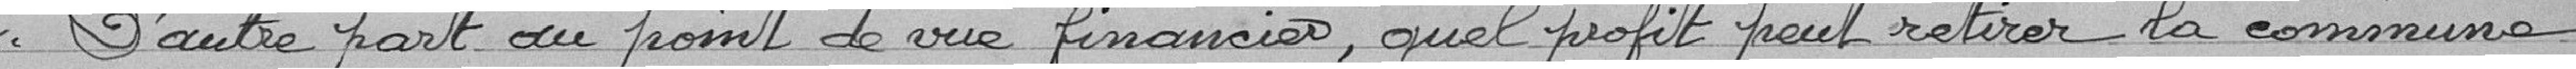
D'autre part au point de vue financier, quel profit peut retirer la commune